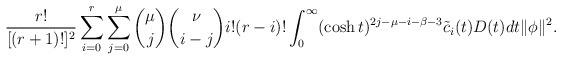
\begin{align*}\frac{r!}{[(r+1)!]^2}\sum^r_{i=0}\sum^\mu_{j=0} {\mu\choose j}{\nu\choose i-j}i!(r-i)!\int^\infty_0(\cosh t)^{2j-\mu-i-\beta-3}\tilde{c}_i(t)D(t)dt \|\phi\|^2.\end{align*}